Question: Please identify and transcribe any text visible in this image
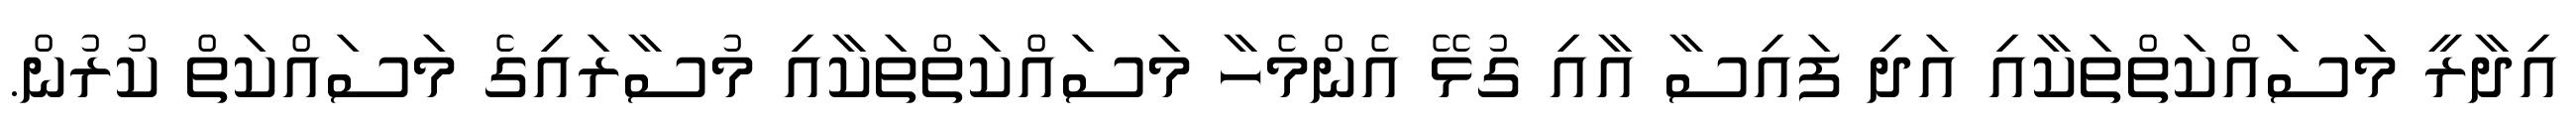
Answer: އިދާރީ މަސައްކަތްތަކާއި އަދި ފައިސާ އާއި ގުޅޭ އެންމެހާ މަސައްކަތްތަކާއި މުސާރައިގެ މަސައްކަތް ކުރުން.